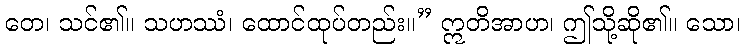
တေ၊ သင်၏။ သဟဿံ၊ ထောင်ထုပ်တည်း။” ဣတိအာဟ၊ ဤသို့ဆို၏။ သော၊